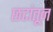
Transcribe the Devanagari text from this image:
छटांतून